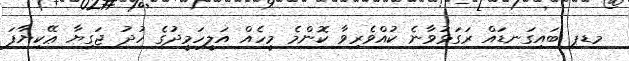
މޑޕ ބައިގަނޑައް ރަގަޅުވާނެ ކުއްވެރިވާ ކޮންމެ މީހެއް އަލީހަމީދުގެ ހުދު ޖަގިޔާ ޢޭކިޔާފަ